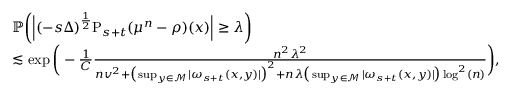
\begin{array} { r l } & { \mathbb { P } \bigg ( \Big \vert ( - s \Delta ) ^ { \frac { 1 } { 2 } } \mathrm { P } _ { s + t } ( \mu ^ { n } - \rho ) ( x ) \Big \vert \geq \lambda \bigg ) } \\ & { \lesssim \exp \bigg ( - \frac { 1 } { C } \frac { n ^ { 2 } \lambda ^ { 2 } } { n v ^ { 2 } + \big ( \operatorname* { s u p } _ { y \in \mathcal { M } } \vert \omega _ { s + t } ( x , y ) \vert \big ) ^ { 2 } + n \lambda \big ( \operatorname* { s u p } _ { y \in \mathcal { M } } \vert \omega _ { s + t } ( x , y ) \vert \big ) \log ^ { 2 } ( n ) } \bigg ) , } \end{array}